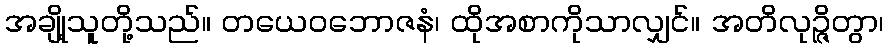
အချို့သူတို့သည်။ တယေဝဘောဇနံ၊ ထိုအစာကိုသာလျှင်။ အတိလုဉ္ဇိတွာ၊